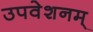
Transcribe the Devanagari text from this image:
उपवेशनम्